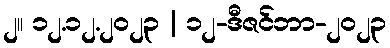
၂။ ၁၂.၁၂.၂၀၂၃ | ၁၂-ဒီဇင်ဘာ-၂၀၂၃